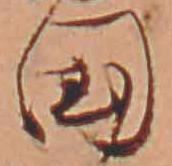
国